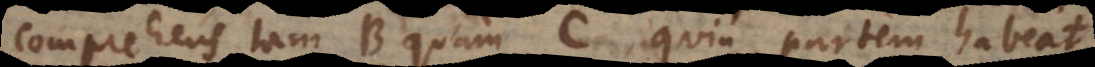
comprehen[den]s tam B quam C, quin partem habeat